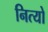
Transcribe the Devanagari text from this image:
नित्यो